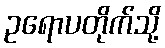
ဥရောပတိုက်သို့